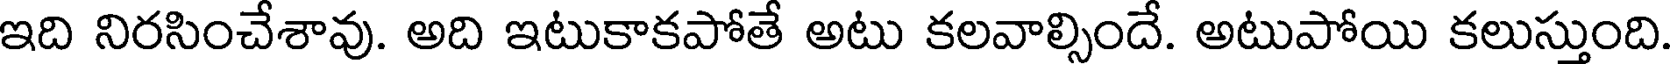
ఇది నిరసించేశావు. అది ఇటుకాకపోతే అటు కలవాల్సిందే. అటుపోయి కలుస్తుంది